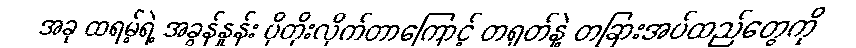
အခု ထရမ့်ရဲ့ အခွန်နှုန်း ပိုတိုးလိုက်တာကြောင့် တရုတ်နဲ့ တခြားအပ်ထည်တွေကို